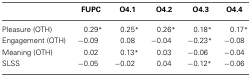
|  | FUPC | O4.1 | O4.2 | O4.3 | O4.4 |
 | --- | --- | --- | --- | --- | --- |
 | Pleasure (OTH) | 0.29* | 0.25* | 0.26* | 0.18* | 0.17* |
 | Engagement (OTH) | −0.09 | 0.08 | −0.04 | −0.23* | −0.08 |
 | Meaning (OTH) | 0.02 | 0.13* | 0.03 | −0.06 | −0.04 |
 | SLSS | −0.05 | −0.02 | 0.04 | −0.12* | −0.06 |